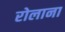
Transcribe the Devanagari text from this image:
रोलाना